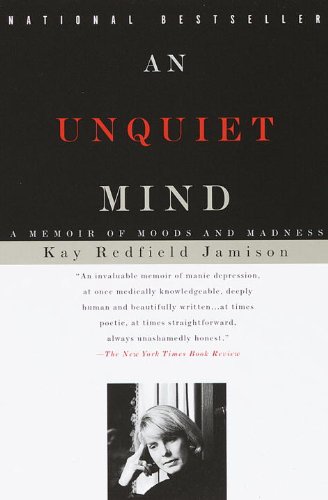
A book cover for An Unquiet Mind: A Memoir of Moods and Madness; Kay Redfield Jamison; Health, Fitness & Dieting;